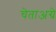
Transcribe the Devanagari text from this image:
चेताअग्रे